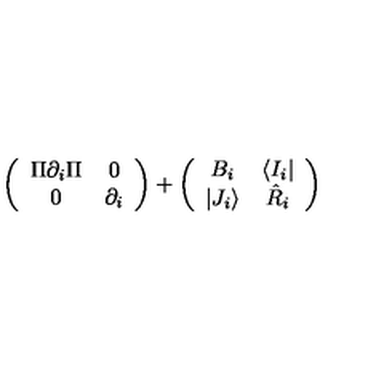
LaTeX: \left( \begin{array} { c c } { \Pi \partial _ { i } \Pi } & { 0 } \\ { 0 } & { \partial _ { i } } \\ \end{array} \right) + \left( \begin{array} { c c } { B _ { i } } & { \langle I _ { i } | } \\ { | J _ { i } \rangle } & { \hat { R } _ { i } } \\ \end{array} \right)